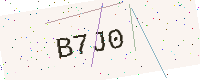
Text: B7J0